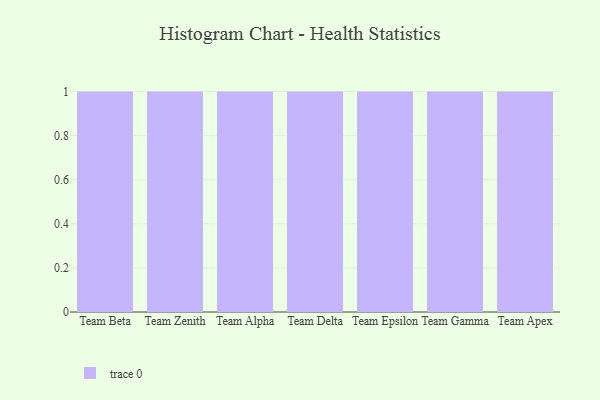
{"axis": {"x": "Team", "y": "Market Share (%)"}, "legend": [""], "data": [{"x": "Team Beta", "y": 16, "type": ""}, {"x": "Team Zenith", "y": 16, "type": ""}, {"x": "Team Alpha", "y": 66, "type": ""}, {"x": "Team Delta", "y": 71, "type": ""}, {"x": "Team Epsilon", "y": 11, "type": ""}, {"x": "Team Gamma", "y": 99, "type": ""}, {"x": "Team Apex", "y": 2, "type": ""}]}